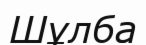
Шұлба